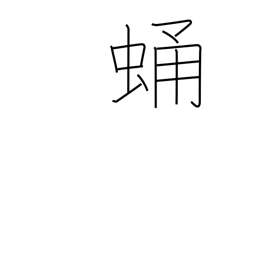
Meaning: chrysalis